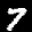
Label: 7